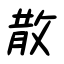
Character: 散